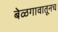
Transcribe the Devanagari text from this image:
बेळगावातूनच